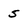
Character: 5